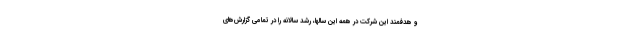
و هدفمند این شرکت در همه این سالها، رشد سالانه را در تمامی گزارش‌های